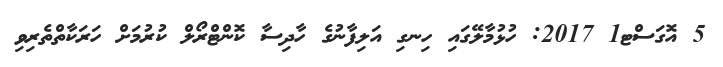
5 އޮގަސްޓ1 2017: ހުޅުމާލޭގައި ހިނގި އަލިފާނުގެ ހާދިސާ ކޮންޓްރޯލް ކުރުމަށް ހަރަކާތްތެރިވި